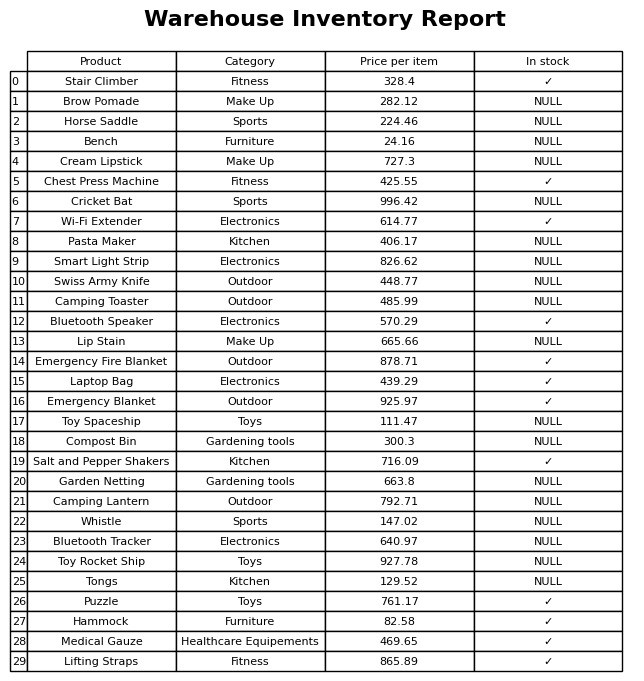
question: What category does the Emergency Fire Blanket belong to?
answer: Outdoor